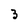
Character: 3